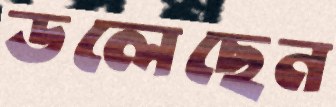
ডলেছেন